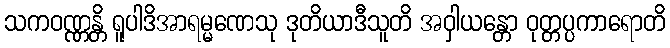
သကဝဏ္ဏန္တိ ရူပါဒိအာရမ္မဏေသု ဒုတိယာဒီသူတိ အဝှါယန္တော ဝုတ္တပ္ပကာရောတိ